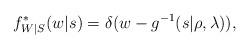
LaTeX: \begin{align*}f_{W|S}^*(w|s)=\delta(w-g^{-1}(s|\rho,\lambda)), \end{align*}